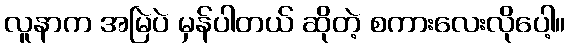
လူနာက အမြဲပဲ မှန်ပါတယ် ဆိုတဲ့ စကားလေးလိုပေါ့။